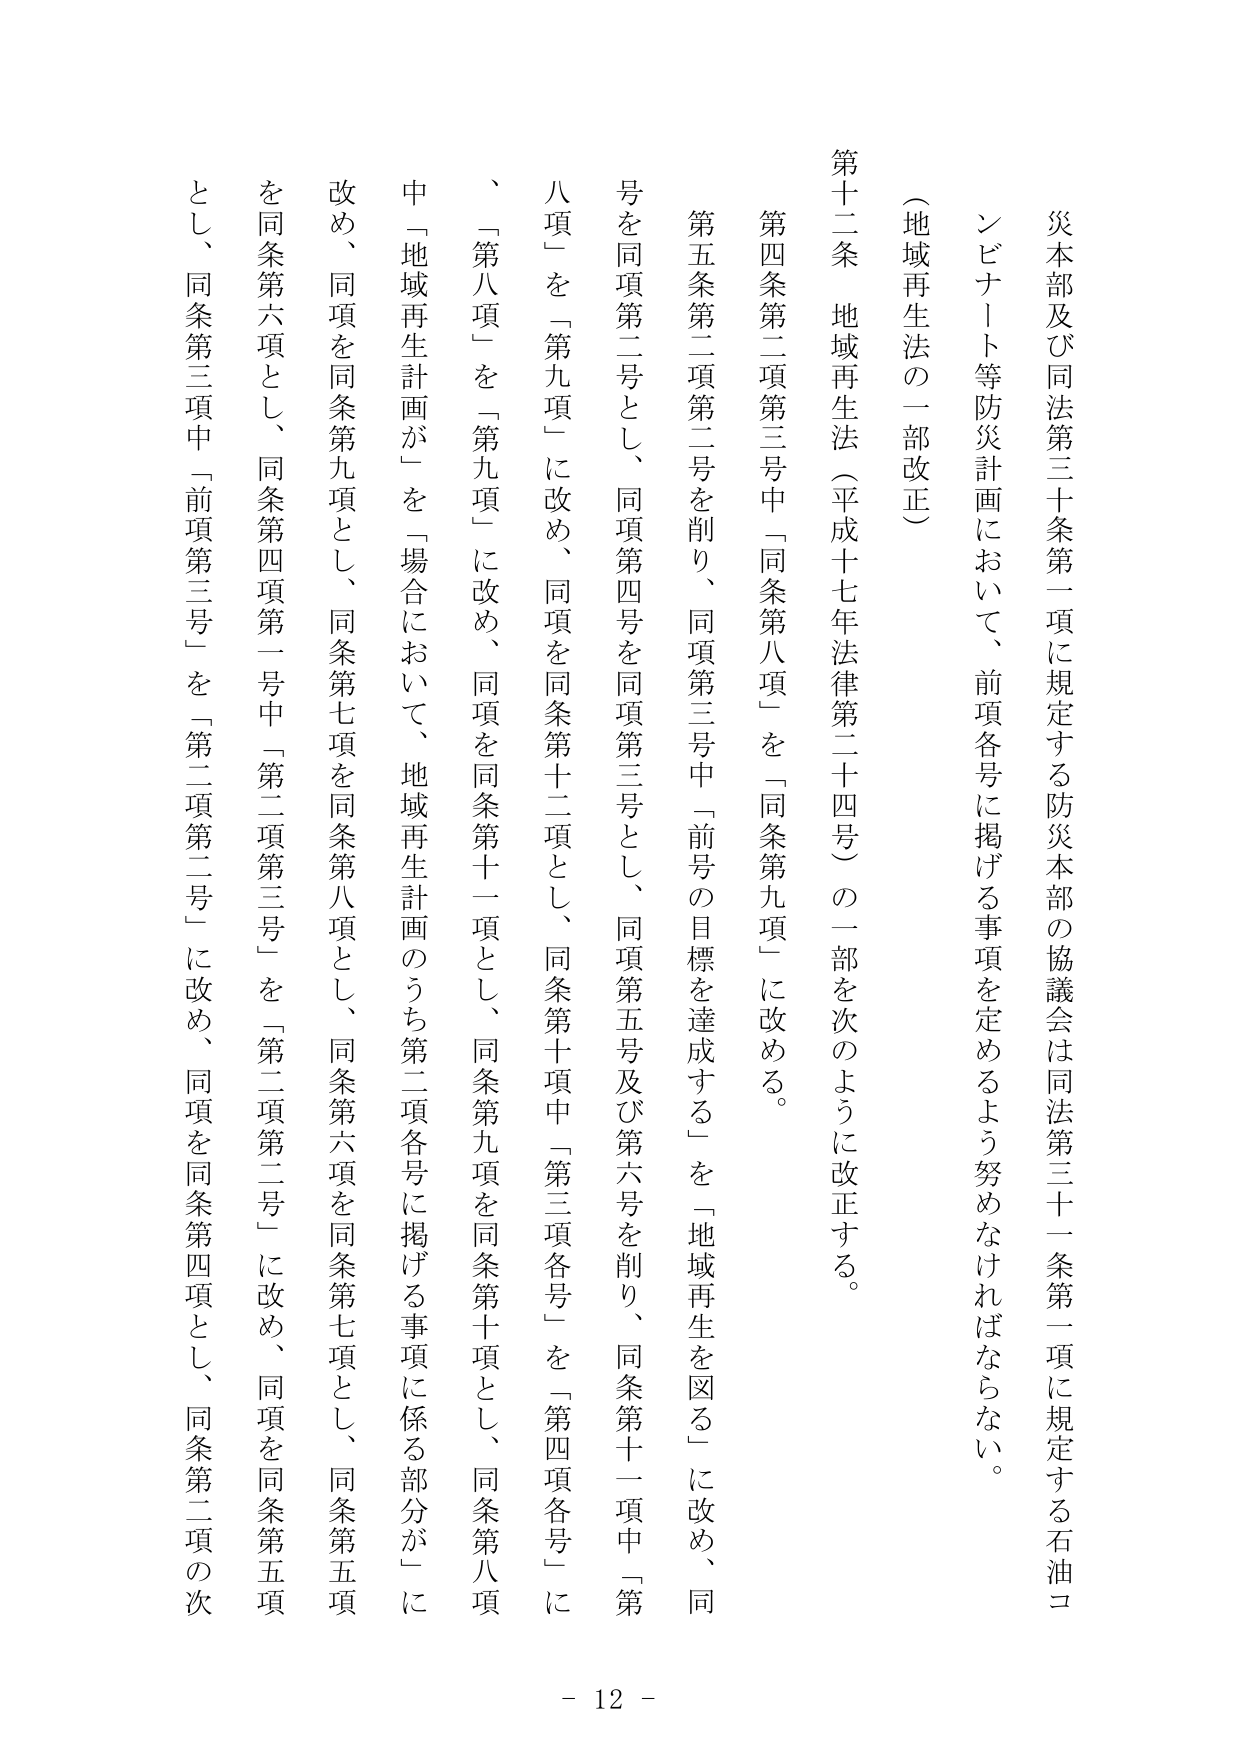
災本部及び同法第三十条第一項に規定する防災本部の協議会は同法第三十一条第一項に規定する石油コンビナート等防災計画において、前項各号に掲げる事項を定めるよう努めなければならない。

（地域再生法の一部改正）

第十二条 地域再生法（平成十七年法律第二十四号）の一部を次のように改正する。

第四条第二項第三号中「同条第八項」を「同条第九項」に改める。

第五条第二項第二号を削り、同項第三号中「前号の目標を達成する」を「地域再生を図る」に改め、同号を同項第二号とし、同項第四号を同項第三号とし、同項第五号及び第六号を削り、同条第十一項中「第八項」を「第九項」に改め、同項を同条第十二項とし、同条第十項中「第三項各号」を「第四項各号」に改め、同項を同条第十一項とし、同条第九項を同条第十項とし、同条第八項中「地域再生計画が」を「場合において、地域再生計画のうち第二項各号に掲げる事項に係る部分が」に改め、同項を同条第九項とし、同条第七項を同条第八項とし、同条第六項を同条第七項とし、同条第五項を同条第六項とし、同条第四項第一号中「第二項第三号」を「第二項第二号」に改め、同項を同条第五項とし、同条第三項中「前項第三号」を「第二項第二号」に改め、同項を同条第四項とし、同条第二項の次

- 12 -